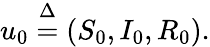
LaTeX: u_{0}\overset{\Delta}{=}(S_{0},I_{0},R_{0}).